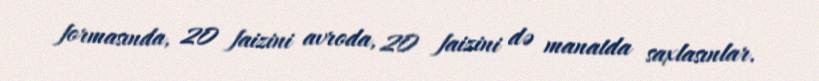
formasında, 20 faizini avroda, 20 faizini də manatda saxlasınlar.